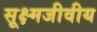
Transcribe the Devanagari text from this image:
सूक्ष्मजीवीय